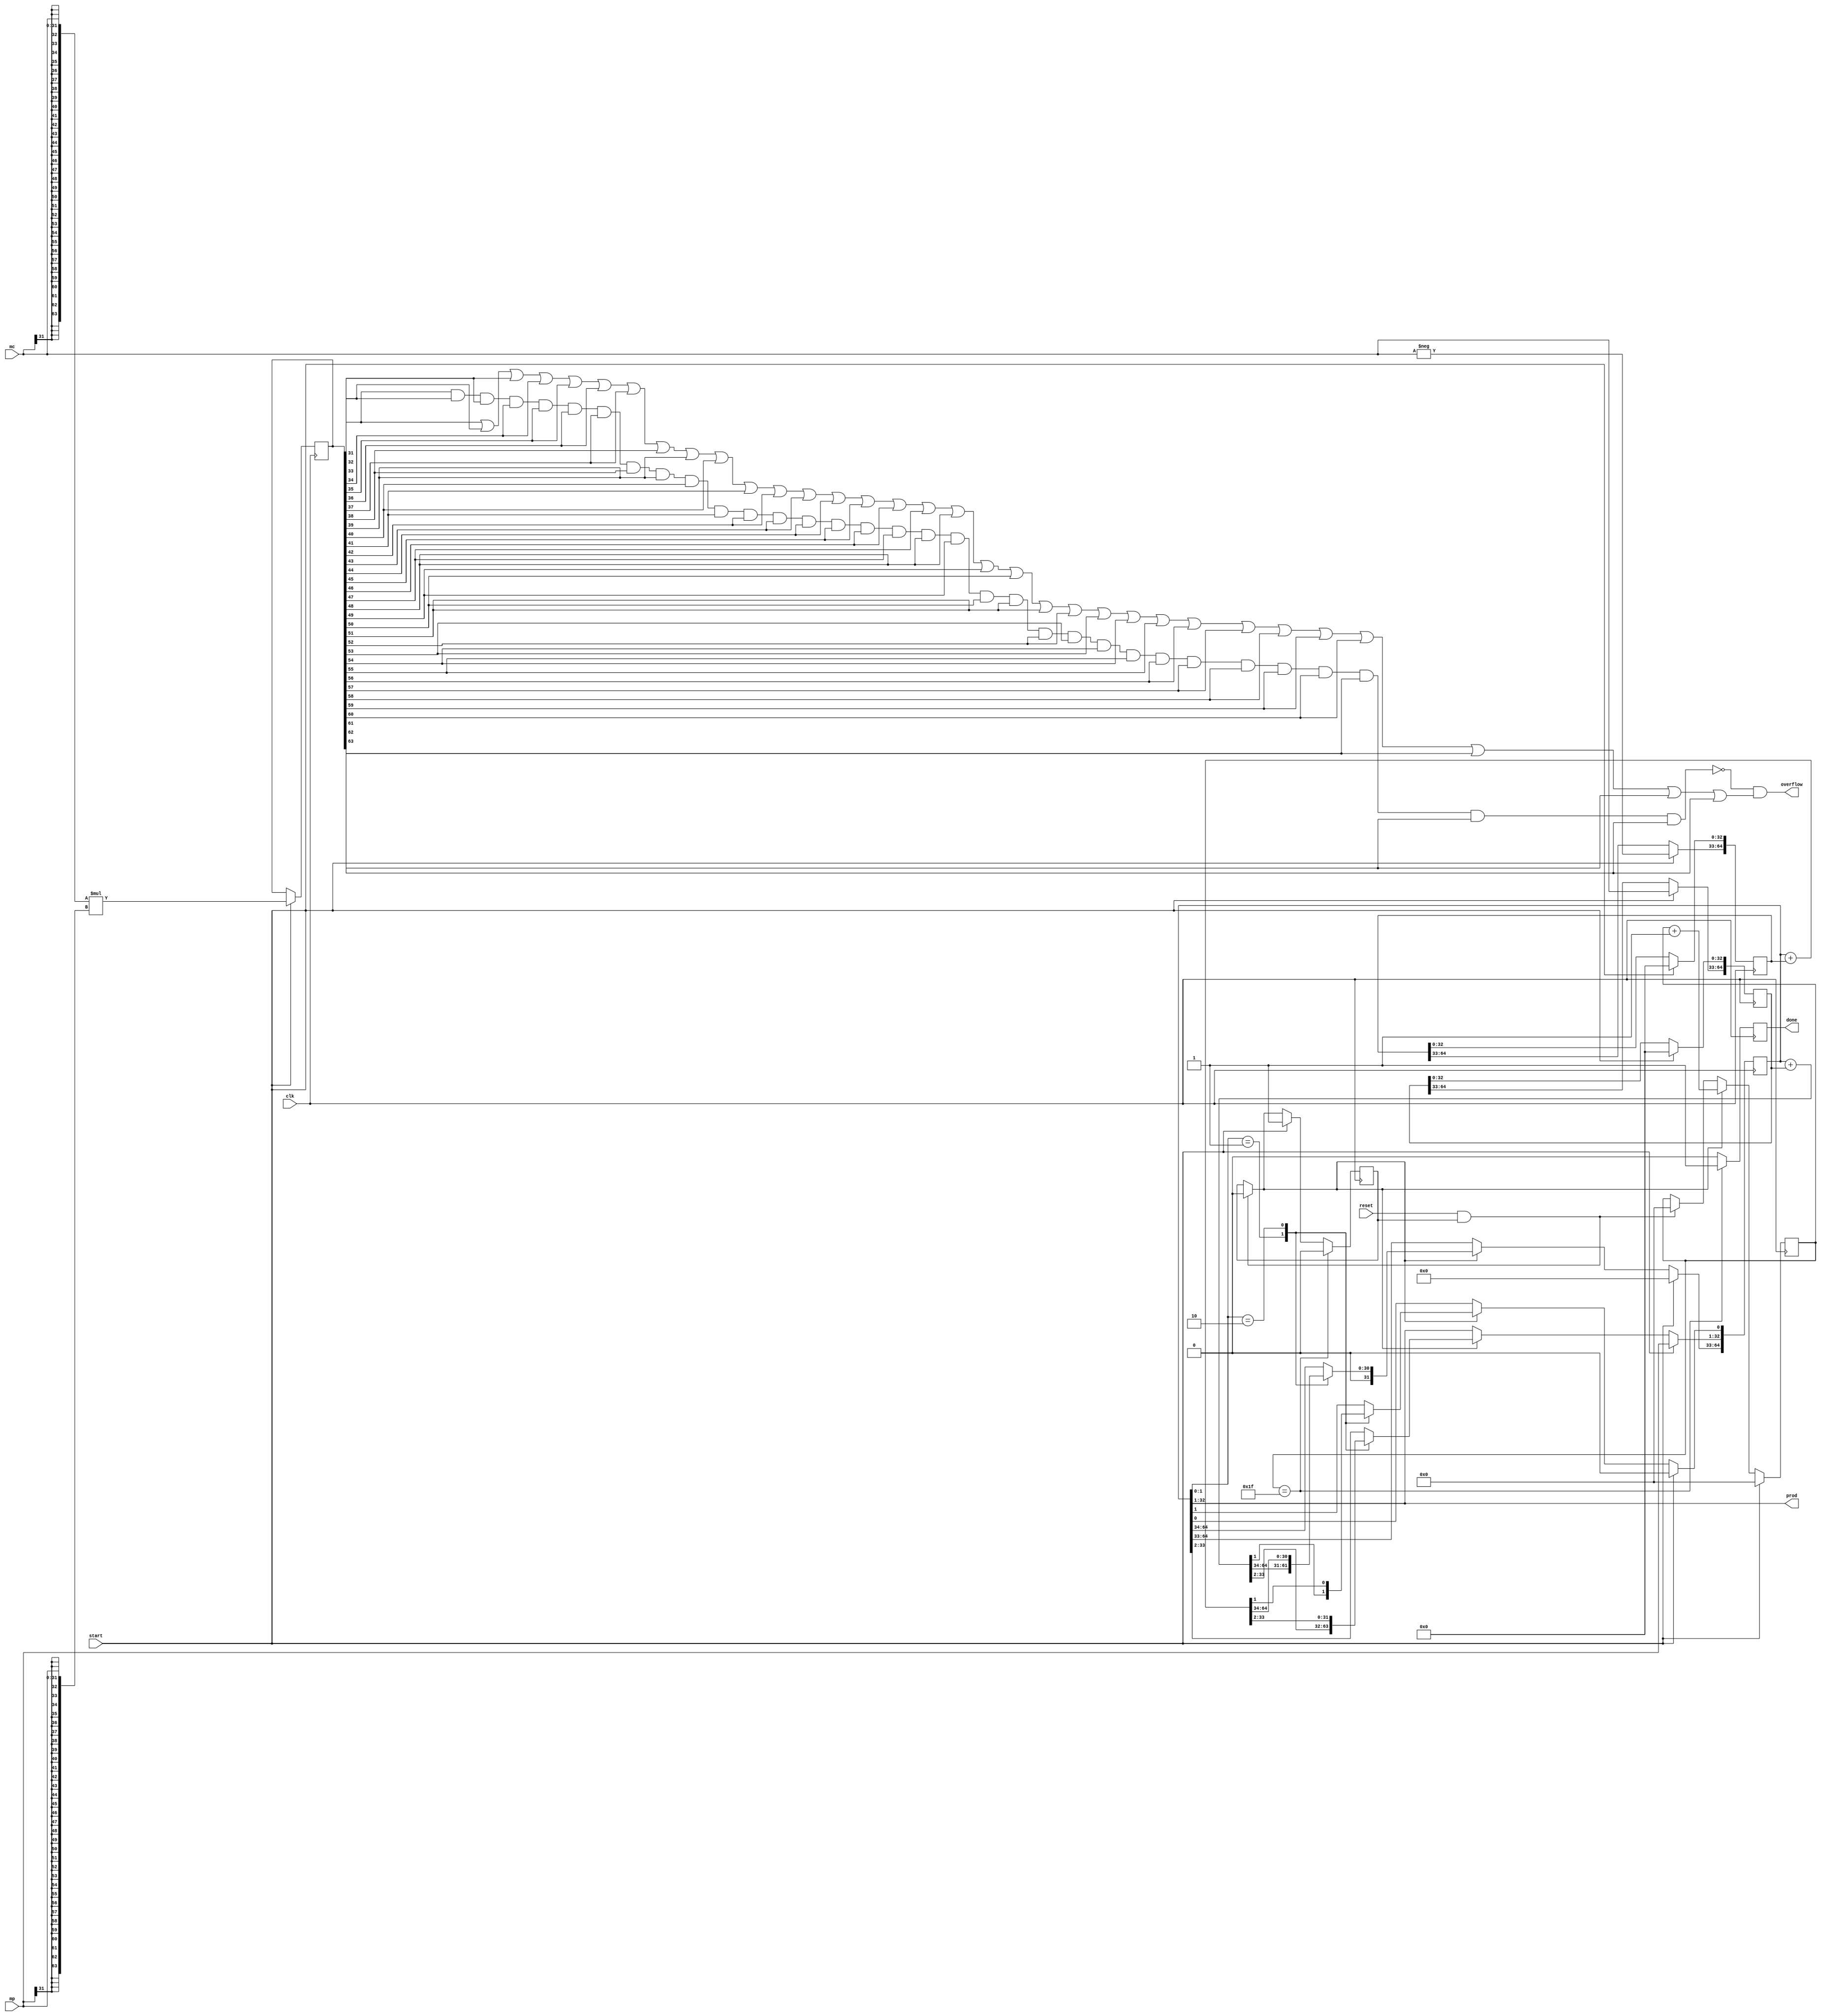
module multiplier(mc, mp, start, reset, clk, prod, overflow, done);
	input [31:0] mc, mp;
	input start, reset, clk;
	
	output [31:0] prod;
	output overflow, done;

	reg [64:0] A, S, P;
	reg [5:0] count;
	wire P1, P0;
	assign P1 = P[1];
	assign P0 = P[0];
	
	wire [63:0] mc_extend, mp_extend;
	assign mc_extend = {mc[31], mc[31], mc[31], mc[31], mc[31], mc[31], mc[31], mc[31],
	                    mc[31], mc[31], mc[31], mc[31], mc[31], mc[31], mc[31], mc[31],
	                    mc[31], mc[31], mc[31], mc[31], mc[31], mc[31], mc[31], mc[31],
	                    mc[31], mc[31], mc[31], mc[31], mc[31], mc[31], mc[31], mc[31], mc};
	
	assign mp_extend = {mp[31], mp[31], mp[31], mp[31], mp[31], mp[31], mp[31], mp[31],
	                    mp[31], mp[31], mp[31], mp[31], mp[31], mp[31], mp[31], mp[31],
	                    mp[31], mp[31], mp[31], mp[31], mp[31], mp[31], mp[31], mp[31],
	                    mp[31], mp[31], mp[31], mp[31], mp[31], mp[31], mp[31], mp[31], mp};
	
	reg [63:0] real_prod;
	
	reg busy, done;
	
	initial begin
		busy = 0;
		done = 0;
		count = 0;
	end
	
	always @(posedge clk) begin
		if (reset && busy) begin
			busy = 0;
			count <= 0;
		end
		
		if (start) begin
			busy = 1;
			
			A[64:33] <= mc;
			A[32:0] <= 33'b0;
			
			S[64:33] <= -mc;
			S[32:0] <= 33'b0;
			
			P[64:33] <= 32'b0;
			P[32:1] <= mp;
			P[0] = 1'b0;
			
			real_prod <= mc_extend*mp_extend;
			
			count <= 6'b0;
		end else if (busy) begin
			case ({P1, P0})
				2'b0_1 : P <= (P + A) >>> 1;
				2'b1_0 : P <= (P + S) >>> 1;
				default: P <= P >>> 1;
			endcase
			count <= count + 1'b1;
		end
		
		if (done) begin
			done = 0;
		end
		
		if (count == 31) begin
			busy = 0;
			done = 1;
		end
		
	
		
	end
	
	wire n_overflow, o_overflow;
	
	nand (n_overflow, real_prod[31], real_prod[32], real_prod[33], real_prod[34], real_prod[35], real_prod[36], real_prod[37], real_prod[38], real_prod[39],
                     real_prod[40], real_prod[41], real_prod[42], real_prod[43], real_prod[44], real_prod[45], real_prod[46], real_prod[47],
							real_prod[48], real_prod[49], real_prod[50], real_prod[51], real_prod[52], real_prod[53], real_prod[54], real_prod[55],
							real_prod[56], real_prod[57], real_prod[58], real_prod[59], real_prod[60], real_prod[61], real_prod[62], real_prod[63]);
	
	or (o_overflow, real_prod[31], real_prod[32], real_prod[33], real_prod[34], real_prod[35], real_prod[36], real_prod[37], real_prod[38], real_prod[39],
                   real_prod[40], real_prod[41], real_prod[42], real_prod[43], real_prod[44], real_prod[45], real_prod[46], real_prod[47],
						 real_prod[48], real_prod[49], real_prod[50], real_prod[51], real_prod[52], real_prod[53], real_prod[54], real_prod[55],
						 real_prod[56], real_prod[57], real_prod[58], real_prod[59], real_prod[60], real_prod[61], real_prod[62], real_prod[63]);
	
	assign prod = P[32:1];
	and (overflow, n_overflow, o_overflow);
endmodule